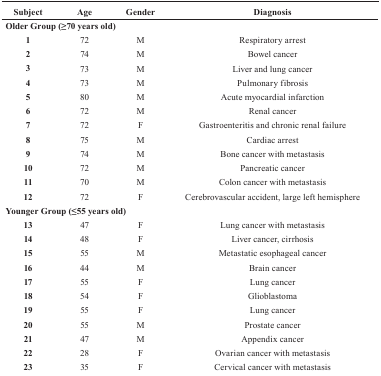
<table><thead><tr><td><b>Subject</b></td><td><b>Age</b></td><td><b>Gender</b></td><td><b>Diagnosis</b></td></tr></thead><tbody><tr><td colspan="4"><b>Older Group (≥70 years old)</b></td></tr><tr><td><b>1</b></td><td>72</td><td>M</td><td>Respiratory arrest</td></tr><tr><td><b>2</b></td><td>74</td><td>M</td><td>Bowel cancer</td></tr><tr><td><b>3</b></td><td>73</td><td>M</td><td>Liver and lung cancer</td></tr><tr><td><b>4</b></td><td>73</td><td>M</td><td>Pulmonary fibrosis</td></tr><tr><td><b>5</b></td><td>80</td><td>M</td><td>Acute myocardial infarction</td></tr><tr><td><b>6</b></td><td>72</td><td>M</td><td>Renal cancer</td></tr><tr><td><b>7</b></td><td>72</td><td>F</td><td>Gastroenteritis and chronic renal failure</td></tr><tr><td><b>8</b></td><td>75</td><td>M</td><td>Cardiac arrest</td></tr><tr><td><b>9</b></td><td>74</td><td>M</td><td>Bone cancer with metastasis</td></tr><tr><td><b>10</b></td><td>72</td><td>M</td><td>Pancreatic cancer</td></tr><tr><td><b>11</b></td><td>70</td><td>M</td><td>Colon cancer with metastasis</td></tr><tr><td><b>12</b></td><td>72</td><td>F</td><td>Cerebrovascular accident, large left hemisphere</td></tr><tr><td colspan="4"><b>Younger Group (≤55 years old)</b></td></tr><tr><td><b>13</b></td><td>47</td><td>F</td><td>Lung cancer with metastasis</td></tr><tr><td><b>14</b></td><td>48</td><td>F</td><td>Liver cancer, cirrhosis</td></tr><tr><td><b>15</b></td><td>55</td><td>M</td><td>Metastatic esophageal cancer</td></tr><tr><td><b>16</b></td><td>44</td><td>M</td><td>Brain cancer</td></tr><tr><td><b>17</b></td><td>55</td><td>F</td><td>Lung cancer</td></tr><tr><td><b>18</b></td><td>54</td><td>F</td><td>Glioblastoma</td></tr><tr><td><b>19</b></td><td>55</td><td>F</td><td>Lung cancer</td></tr><tr><td><b>20</b></td><td>55</td><td>M</td><td>Prostate cancer</td></tr><tr><td><b>21</b></td><td>47</td><td>M</td><td>Appendix cancer</td></tr><tr><td><b>22</b></td><td>28</td><td>F</td><td>Ovarian cancer with metastasis</td></tr><tr><td><b>23</b></td><td>35</td><td>F</td><td>Cervical cancer with metastasis</td></tr></tbody></table>